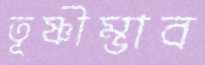
তূষ্ণীম্ভাব